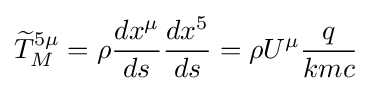
{\widetilde {T}}_{M}^{5\mu }=\rho {\frac {dx^{\mu }}{ds}}{\frac {dx^{5}}{ds}}=\rho U^{\mu }{\frac {q}{kmc}}